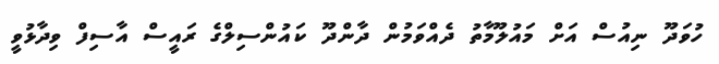
ހުވަދޫ ނިއުސް އަށް މައުލޫމާތު ދެއްވަމުން ދާންދޫ ކައުންސިލްގެ ރައީސް އާސިފް ވިދާޅުވީ